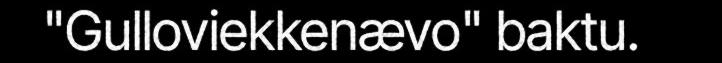
"Gulloviekkenævo" baktu.